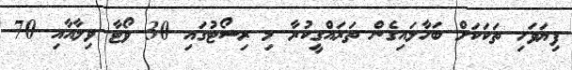
ފިޔަވަހި ތަކަކަށް ބަހާލައިގެން ތަރައްގީކުރާ މި ރިސޯޓުގައި 30 ވޯޓާ ވިލާއާއި 70